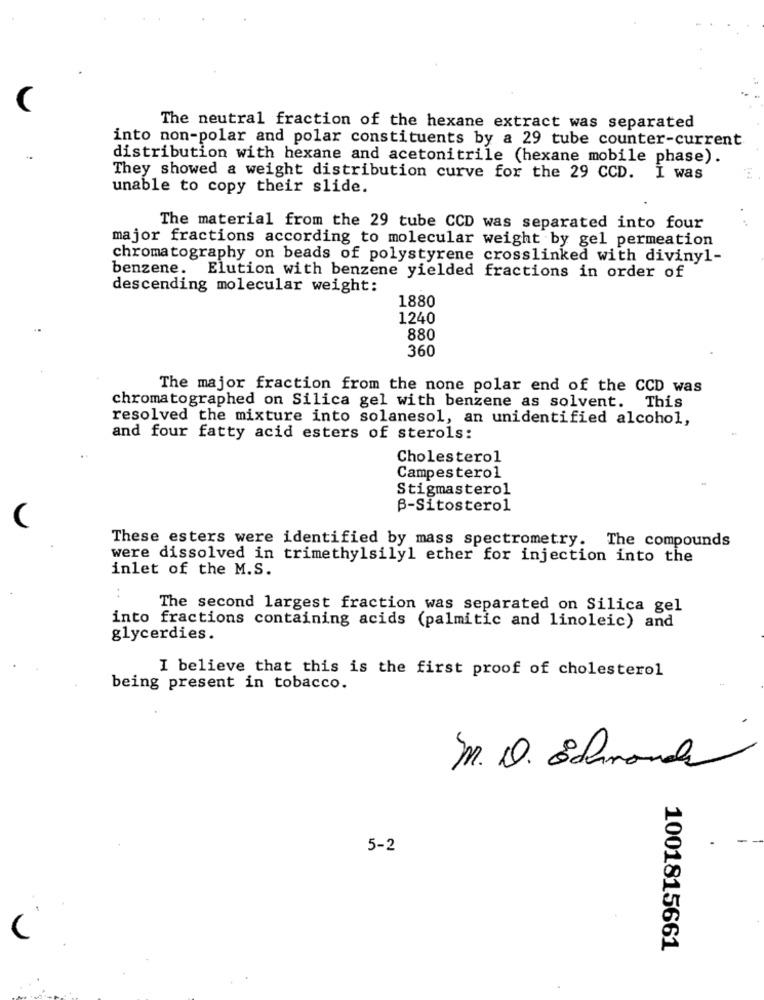
The neutral fraction of the hexane extract was separated
into non-polar and polar constituents by a 29 tube counter-current
distribution with hexane and acetonitrile (hexane mobile phase).
They showed a weight distribution curve for the 29 CCD. I was
unable to copy their slide.
The material from the 29 tube CCD was separated into four
major fractions according to molecular weight by gel permeation
chromatography on beads of polystyrene crosslinked with divinyl-
benzene.
Elution with benzene yielded fractions in order of
descending molecular weight:
1880
1240
880
360
The major fraction from the none polar end of the CCD was
chromatographed on Silica gel with benzene as solvent. This
resolved the mixture into solanesol, an unidentified alcohol,
and four fatty acid esters of sterols:
Cholesterol
Campesterol
Stigmasterol
B-Sitosterol
These esters were identified by mass spectrometry. The compounds
were dissolved in trimethylsilyl ether for injection into the
inlet of the M.S.
:
The second largest fraction was separated on Silica gel
into fractions containing acids (palmitic and linoleic) and
glycerdies.
I believe that this is the first proof of cholesterol
being present in tobacco.
M. D. Edmond
5-2
(
1001815661